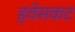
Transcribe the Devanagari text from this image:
हवेसकट